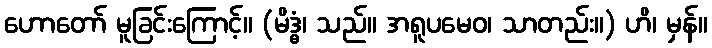
ဟောတော် မူခြင်းကြောင့်။ (မိဒ္ဓံ၊ သည်။ အရူပမေဝ၊ သာတည်း။) ဟိ၊ မှန်။